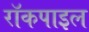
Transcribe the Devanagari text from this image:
रॉकपाइल